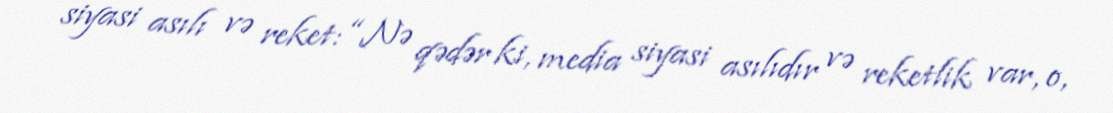
siyasi asılı və reket: “Nə qədər ki, media siyasi asılıdır və reketlik var, o,